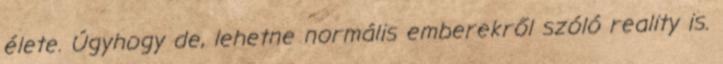
élete. Úgyhogy de, lehetne normális emberekről szóló reality is.